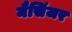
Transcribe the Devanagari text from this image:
मैसिंजर